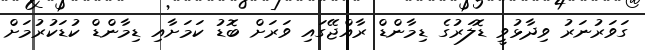
ގަވަރުނަރު ވިދާޅުވީ ޑޮލަރުގެ ޑިމާންޑް ރާއްޖޭގައި ވަަރަށް ބޮޑު ކަމަށާއި ޑިމާންޑް ކުޑަކުރުމަށް